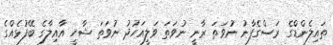
ތައިލެންޑްގެ ރަސްގެފާނު ނުވަތަ ރާނީ ނުވަތަ ވަލީއަހުދު ނުވަތަ ޝާހީ އާއިލާގެ ބޭފުޅެއްގެ